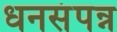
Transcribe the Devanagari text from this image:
धनसंपन्न